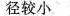
径较小